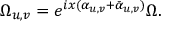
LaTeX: \Omega _ { u , v } = e ^ { i x ( \alpha _ { u , v } + \bar { \alpha } _ { u , v } ) } \Omega .